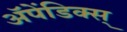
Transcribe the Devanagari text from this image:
अॅपेंडिक्स्